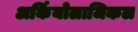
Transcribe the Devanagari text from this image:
अर्कियोलाजिकल